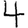
Digit: 4